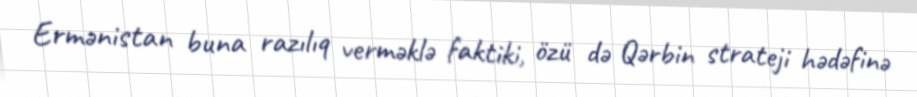
Ermənistan buna razılıq verməklə faktiki, özü də Qərbin strateji hədəfinə